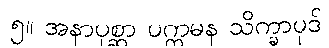
၅။ အနာပုစ္ဆာ ပက္ကမန သိက္ခာပုဒ်